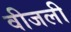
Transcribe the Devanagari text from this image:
वीजली